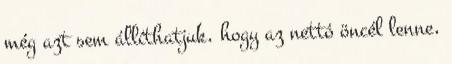
még azt sem állíthatjuk, hogy az nettó öncél lenne,